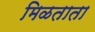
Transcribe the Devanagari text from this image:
मिळताता